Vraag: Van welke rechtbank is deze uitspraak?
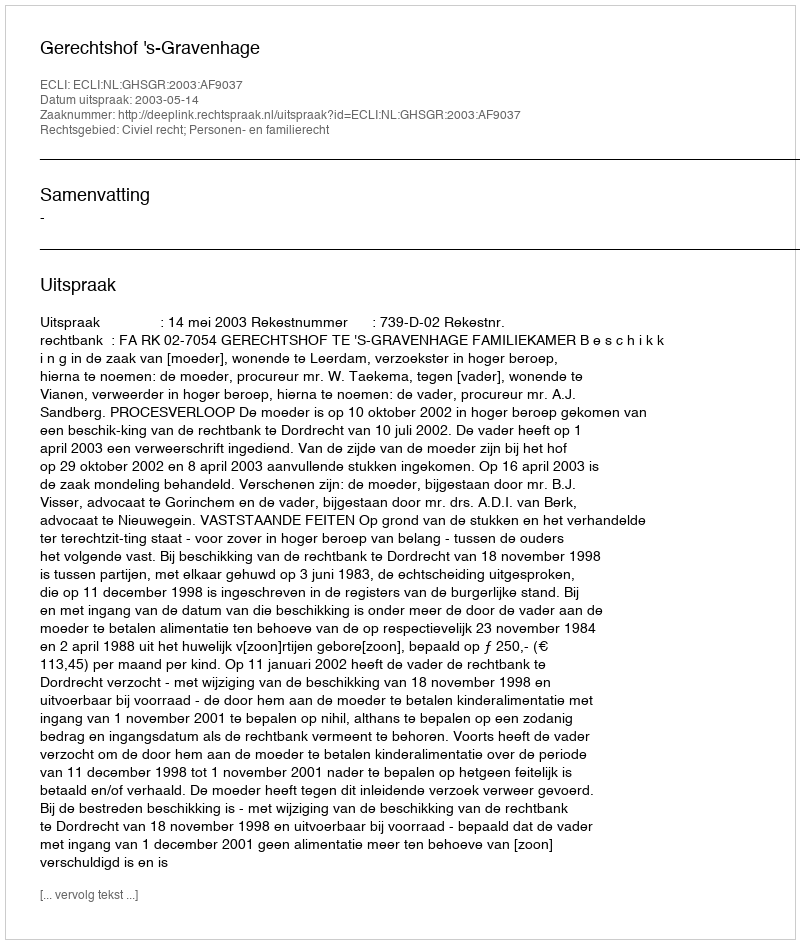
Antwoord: Gerechtshof 's-Gravenhage